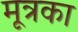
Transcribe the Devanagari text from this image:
मूत्रका